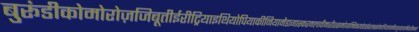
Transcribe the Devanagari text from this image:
बुरूंडीकोमोरोज़जिबूतीईरीट्रियाइथियोपियाकीनियामैडागास्करमलावीमारीशसमोजाम्बिकरवांडासेशल्ससोमालियातंजानियायुगांडाजाम्बियाज़िम्बाबवे